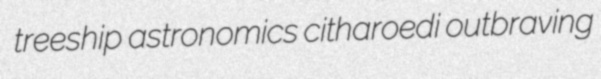
treeship astronomics citharoedi outbraving